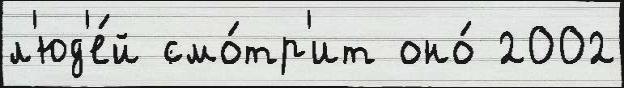
л'юд'е́й смо́тр'ит оно́ 2002